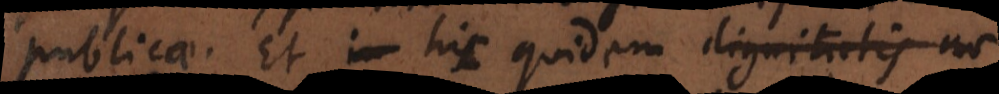
publicae. Et hic quidem inspicitur,